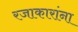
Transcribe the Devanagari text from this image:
रजाकारांना